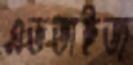
এডভাইজ